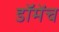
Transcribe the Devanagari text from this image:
डॉमेंच